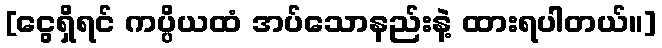
[ငွေရှိရင် ကပ္ပိယထံ အပ်သောနည်းနဲ့ ထားရပါတယ်။]